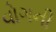
વોગની